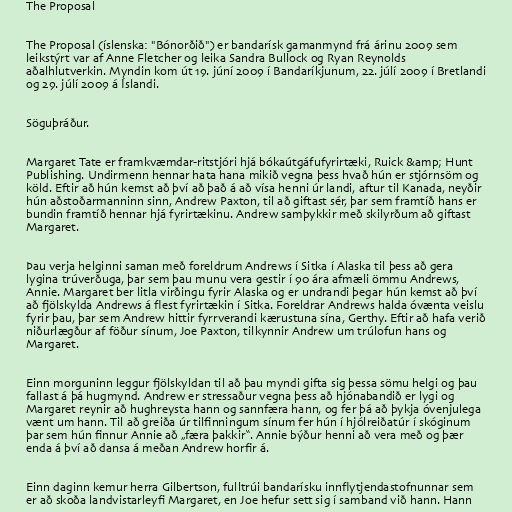
The Proposal

The Proposal (íslenska: "Bónorðið") er bandarísk gamanmynd frá árinu 2009 sem
leikstýrt var af Anne Fletcher og leika Sandra Bullock og Ryan Reynolds
aðalhlutverkin. Myndin kom út 19. júní 2009 í Bandaríkjunum, 22. júlí 2009 í Bretlandi
og 29. júlí 2009 á Íslandi.

Söguþráður.

Margaret Tate er framkvæmdar-ritstjóri hjá bókaútgáfufyrirtæki, Ruick &amp; Hunt
Publishing. Undirmenn hennar hata hana mikið vegna þess hvað hún er stjórnsöm og
köld. Eftir að hún kemst að því að það á að vísa henni úr landi, aftur til Kanada, neyðir
hún aðstoðarmanninn sinn, Andrew Paxton, til að giftast sér, þar sem framtíð hans er
bundin framtíð hennar hjá fyrirtækinu. Andrew samþykkir með skilyrðum að giftast
Margaret.

Þau verja helginni saman með foreldrum Andrews í Sitka í Alaska til þess að gera
lygina trúverðuga, þar sem þau munu vera gestir í 90 ára afmæli ömmu Andrews,
Annie. Margaret ber litla virðingu fyrir Alaska og er undrandi þegar hún kemst að því
að fjölskylda Andrews á flest fyrirtækin í Sitka. Foreldrar Andrews halda óvænta veislu
fyrir þau, þar sem Andrew hittir fyrrverandi kærustuna sína, Gerthy. Eftir að hafa verið
niðurlægður af föður sínum, Joe Paxton, tilkynnir Andrew um trúlofun hans og
Margaret.

Einn morguninn leggur fjölskyldan til að þau myndi gifta sig þessa sömu helgi og þau
fallast á þá hugmynd. Andrew er stressaður vegna þess að hjónabandið er lygi og
Margaret reynir að hughreysta hann og sannfæra hann, og fer þá að þykja óvenjulega
vænt um hann. Til að greiða úr tilfinningum sínum fer hún í hjólreiðatúr í skóginum
þar sem hún finnur Annie að „færa þakkir“. Annie býður henni að vera með og þær
enda á því að dansa á meðan Andrew horfir á.

Einn daginn kemur herra Gilbertson, fulltrúi bandarísku innflytjendastofnunnar sem
er að skoða landvistarleyfi Margaret, en Joe hefur sett sig í samband við hann. Hann